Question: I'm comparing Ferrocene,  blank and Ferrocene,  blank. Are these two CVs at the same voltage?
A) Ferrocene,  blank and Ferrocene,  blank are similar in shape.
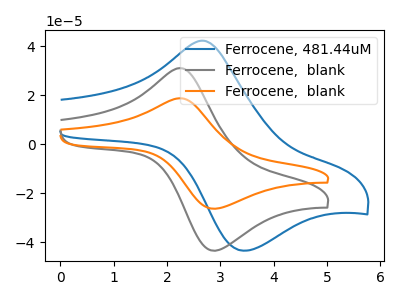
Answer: <think>The blue curve "Ferrocene, 481.44uM" has an anodic peak at (2.70V, 42.30uA) and a cathodic peak at (3.40V, -43.35uA). The gray curve "Ferrocene,  blank" has an anodic peak at (2.25V, 31.10uA) and a cathodic peak at (2.85V, -43.30uA). The orange curve "Ferrocene,  blank" has an anodic peak at (2.25V, 18.85uA) and a cathodic peak at (2.85V, -26.20uA).
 All the peaks in "Ferrocene,  blank" have a peak in "Ferrocene,  blank" at the same potential. Every peak in "Ferrocene,  blank" is higher than every peak in "Ferrocene,  blank".</think>
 <answer>A) "Ferrocene,  blank" and "Ferrocene,  blank" are similar in shape.</answer>
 <eval>A</eval>